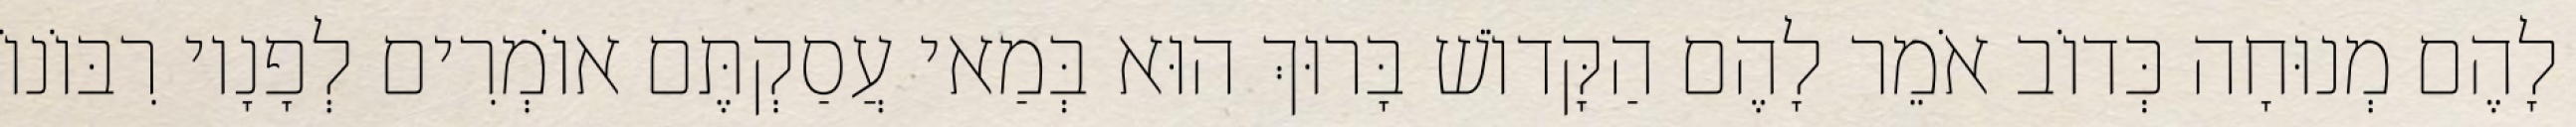
לָהֶם מְנוּחָה כְּדוֹב אֹמֵר לָהֶם הַקָּדוֹשׁ בָּרוּךְ הוּא בְּמַאי עֲסַקְתֶּם אוֹמְרִים לְפָנָיו רִבּוֹנוֹ